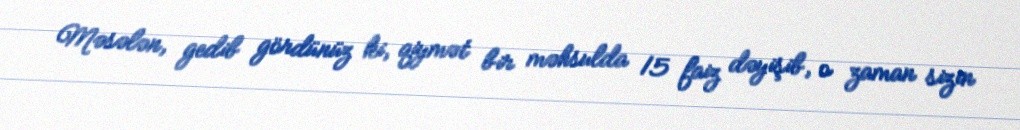
Məsələn, gedib gördünüz ki, qiymət bir məhsulda 15 faiz dəyişib, o zaman sizin